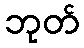
ဘုတ်